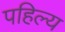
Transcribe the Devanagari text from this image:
पहिल्य